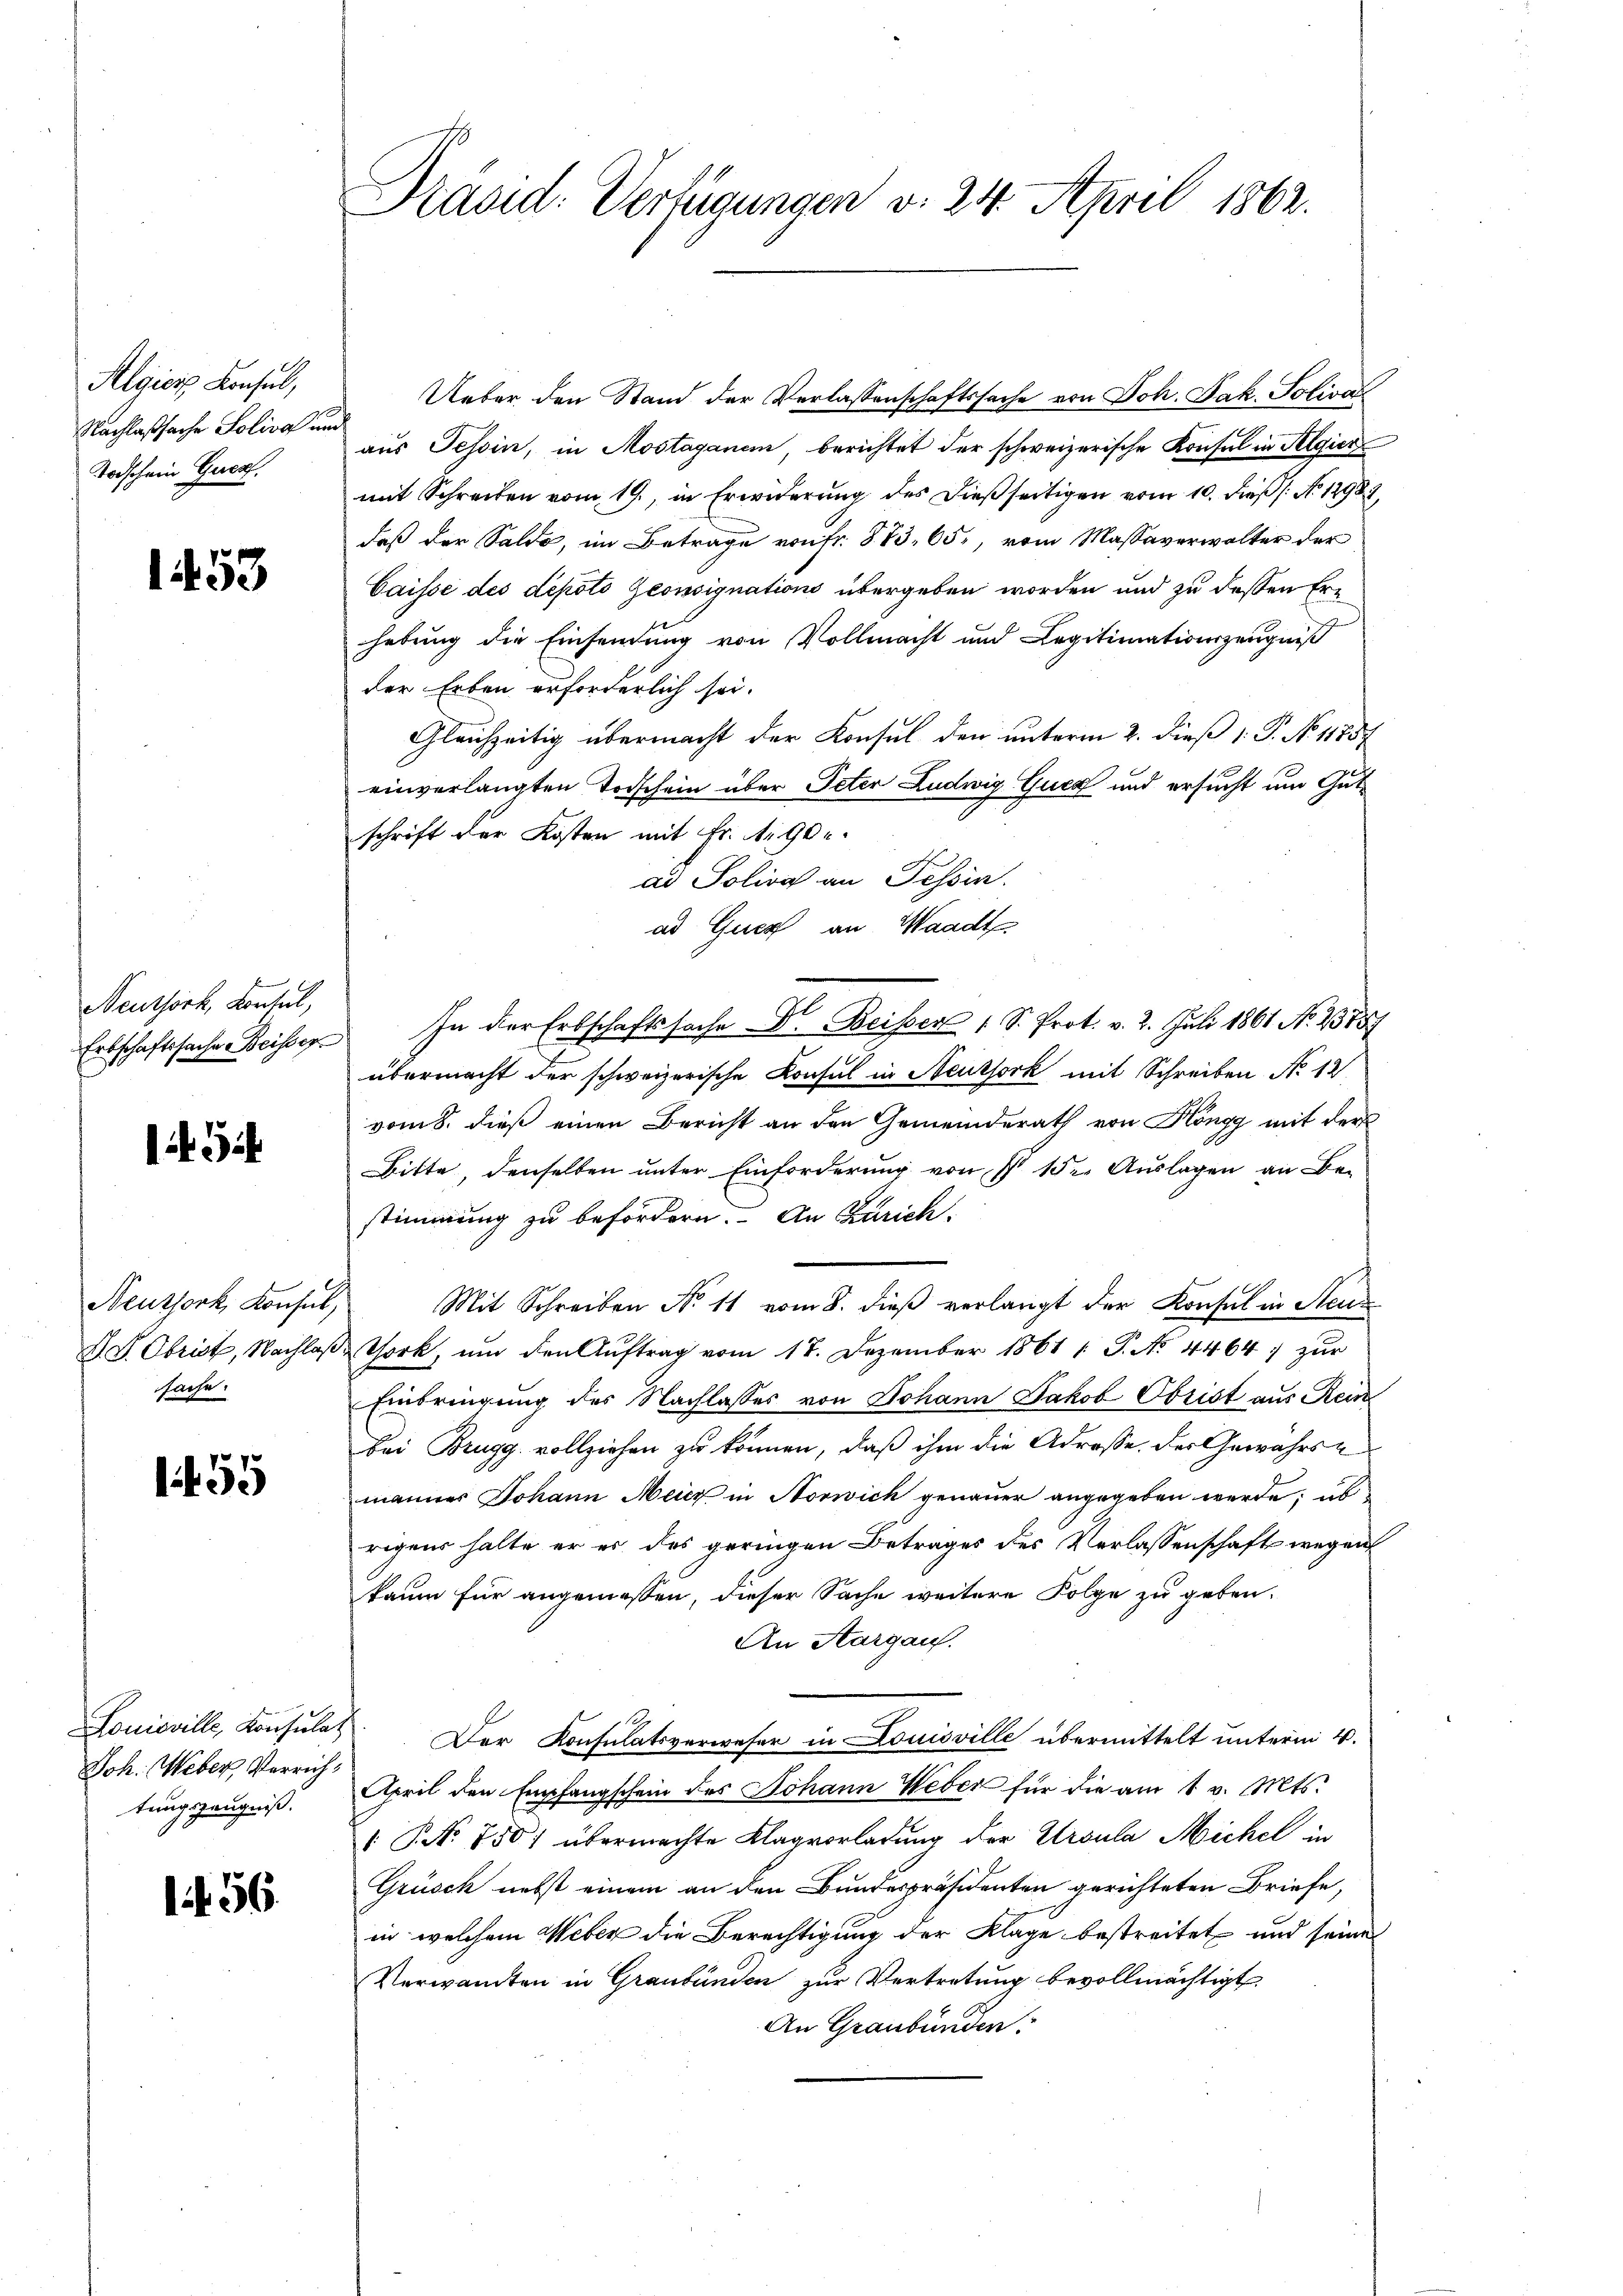
Algien Konsul,
Nachlaßsache Solivo und
Todschein Gues.

1453

Neuthork, Konsel,
Erbschaftssache Beisser

l

Neuzsork, Konsul,
sache.

59

Joh. Weber, Verrichtungszeugniß.

1456.

Kasid. Verfügungen v. 24. April 1862.

Ueber den Stand der Verlassenschaftssache von Joh. Jak. Soliva
aus Tessin, in Mostaganem, berichtet der schweizerische Konsort in Algier
mit Schreiben vom 19., in Erwiderŭng des dieβ seitigen vom 10. dieß (: No 12987,
daß der Saldo, im Betrage von fr. § 73. 65, vom Massaverwalter der
Caissé des depoto Zeonsignations übergeben worden und zu dessen Erhebung die Einsendung von Vollmacht und Legitimationszeugniß
der Erben erforderlich sei.
Gleichzeitig übermacht der Konsul den unterm 2. dieß P. No 11757
einverlangten Todschein über Peter Ludwig Gucz und ersucht um Gutschrift der Kosten mit Fr. 1. 90.
ad Solivo an Tessin.
ad Quer an Waadt
In der Erbschaftssache F. Beiser 1 S. Prot. v. 2. Juli 1861 No 2378
übermacht der schweizerische Konsul in Neuthork mit Schreiben No 12
vom 8. dieß einen Bericht an den Gemeinderath von Köngg mit der
Bitte, denselben unter Einforderung von § 152. Auslagen an Be-
stimmung zu befördern. An Zürich.
Mit Schreiben No 11 vom 8. dieß verlangt der Konsul in Steue
d. L. Obrist, Nachlaβ Chork, ŭm den Aŭftrag vom 17. Dezember 1861 /: P. No. 4464) zŭr
Einbringung des Nachlasses von Johann Jakob Obrist aus Rein
bei Brugg vollziehen zu können, daß ihm die Adresse. Der Gewährs-
männer Johann Meicz in Norwich genauer angegeben werde; üb
rigens halte er es des geringen Betrages des Verlassenschaft wegen
kaum für angemessen, dieser Sache weitere Folge zu geben.
An Aargau.
Louisville, Konsulat Der Konsulatsverweser in Louisville übermittelt unterm 4.
April den Empfangschein des Johann Weber für die am 1 v. Mts.
 No 750) übermachte Klagvorladung der Ursula Michel in
Grüsch nebst einem an den Bundespräsidenten gerichteten Briefe,
in welchem Weber die Berechtigung der Klage bestreitet und seine
Verwandten in Graubünden zur Vertretung bevollmächtigt
An Graubünden.

I